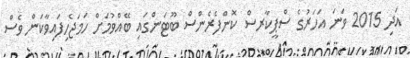
އަދި 2015 ވަނަ އަހަރުގެ ސްޕީކާރސް ކޮންފެރެންސް ބޫޓަންގައި ބޭއްވުމަށް ހަމަޖެހިފައިވާކަން ވެސް